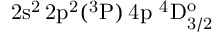
\mathrm { 2 s ^ { 2 } \, 2 p ^ { 2 } ( ^ { 3 } P ) \, 4 p ~ ^ { 4 } D _ { 3 / 2 } ^ { o } }